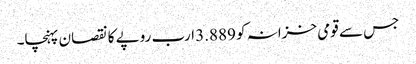
جس سے قومی خزانہ کو 3.889 ارب روپے کا نقصان پہنچا۔